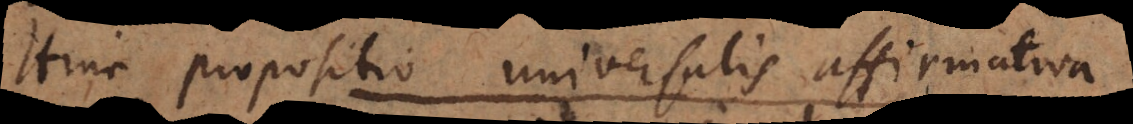
b propositio universalis affirmativa